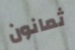
ثمانون